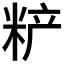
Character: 𰪼